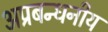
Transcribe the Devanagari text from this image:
अप्रबन्धनीय